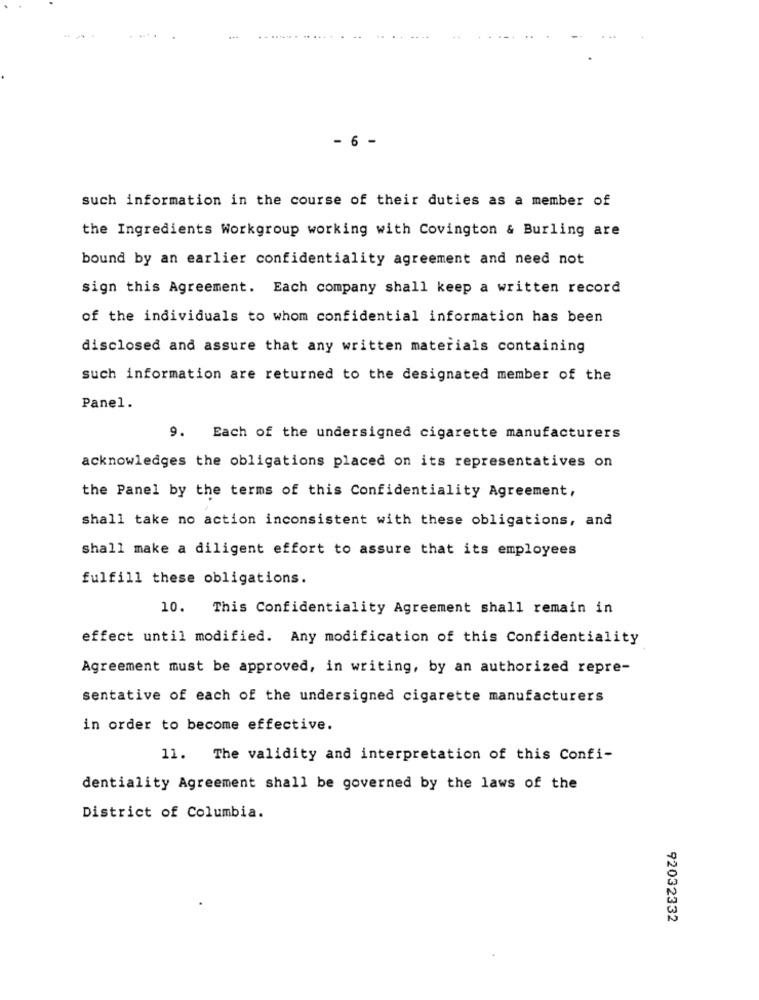
- 6 -
such information in the course of their duties as a member of
the Ingredients Workgroup working with Covington & Burling are
bound by an earlier confidentiality agreement and need not
sign this Agreement. Each company shall keep a written record
of the individuals to whom confidential information has been
disclosed and assure that any written materials containing
such information are returned to the designated member of the
Panel.
9. Each of the undersigned cigarette manufacturers
acknowledges the obligations placed on its representatives on
the Panel by the terms of this Confidentiality Agreement,
shall take no action inconsistent with these obligations, and
shall make a diligent effort to assure that its employees
fulfill these obligations.
10. This Confidentiality Agreement shall remain in
effect until modified. Any modification of this Confidentiality
Agreement must be approved, in writing, by an authorized repre-
sentative of each of the undersigned cigarette manufacturers
in order to become effective.
11. The validity and interpretation of this Confi-
dentiality Agreement shall be governed by the laws of the
District of Columbia.
92032332